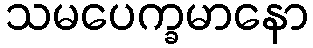
သမပေက္ခမာနော